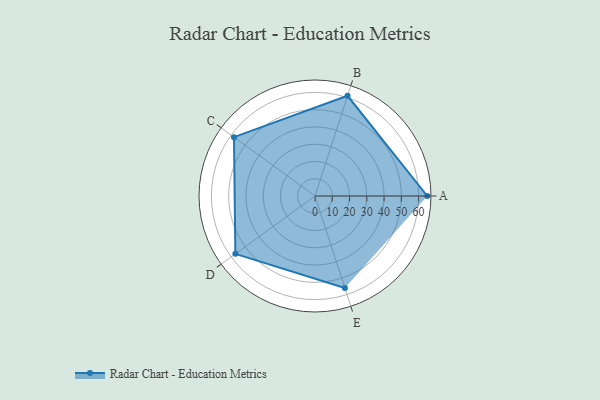
{"axis": {"x": "Skill", "y": "Score"}, "legend": ["Profile"], "data": [{"x": "A", "y": 65.0, "type": "Profile"}, {"x": "B", "y": 61.0, "type": "Profile"}, {"x": "C", "y": 58.0, "type": "Profile"}, {"x": "D", "y": 57.0, "type": "Profile"}, {"x": "E", "y": 56.0, "type": "Profile"}]}